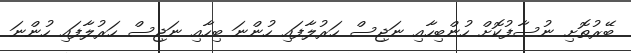
ބޭރުތޮށި ނުސާފުކޮށް ހުންބިހާއި ނަޖިސް ހަރުލާފައި ހުންނަ ބިހާއި ނަޖިސް ހަރުލާފައި ހުންނަ